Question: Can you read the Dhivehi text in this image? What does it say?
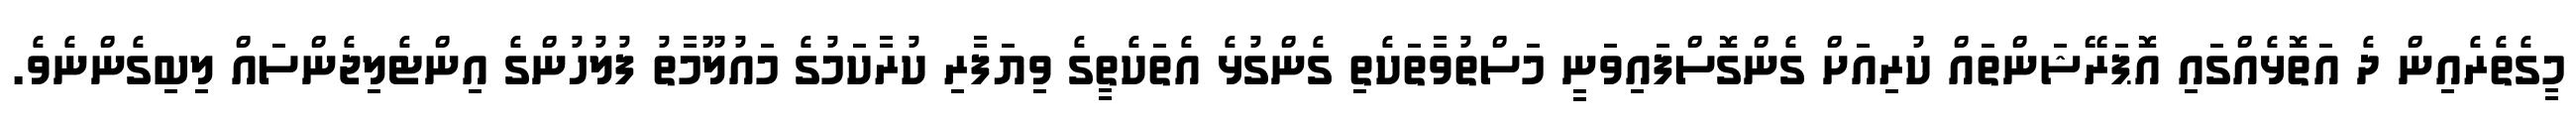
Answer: މީގެތެރެއިން ދެ އަތޮޅެއްގައި އޮޕަރޭޝަންތައް ކުރިއަށް ގެންގޮސްފައިވަނީ މަސްތުވާތަކެތި ގެންގުޅެ އެތަކެތީގެ ވިޔަފާރި ކުރާކަމުގެ މައުލޫމާތު ފުލުހުންގެ އިންޓެލިޖެންސައް ލިބިގެންނެވެ.